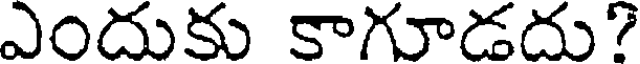
ఎందుకు కాగూడదు?